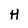
Character: H